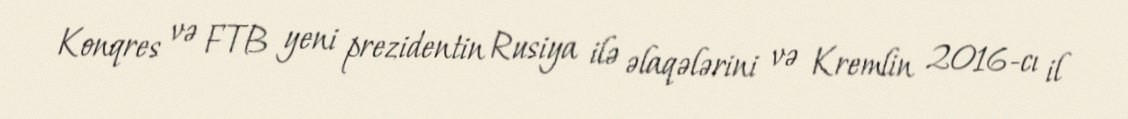
Konqres və FTB yeni prezidentin Rusiya ilə əlaqələrini və Kremlin 2016-cı il